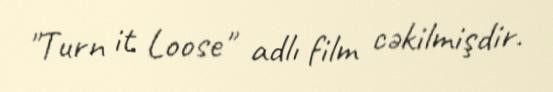
"Turn it Loose" adlı film cəkilmişdir.